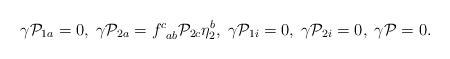
LaTeX: \begin{align*}\gamma {\cal P}_{1a}=0,\;\gamma {\cal P}_{2a}=f_{\;\;ab}^c{\cal P}_{2c}\eta_2^b,\;\gamma {\cal P}_{1i}=0,\;\gamma {\cal P}_{2i}=0,\;\gamma {\cal P}=0.\end{align*}